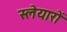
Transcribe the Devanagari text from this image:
स्लेयारों